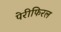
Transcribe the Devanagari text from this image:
पेरीफिरल